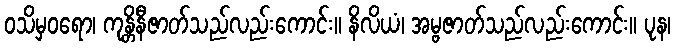
ဝသိမှဝရော၊ ကုန္တိနီဇာတ်သည်လည်းကောင်း။ နိလိယံ၊ အမ္ဗဇာတ်သည်လည်းကောင်း။ ပုန၊